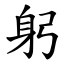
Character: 躬